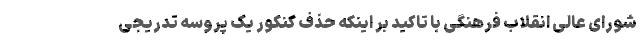
شورای عالی انقلاب فرهنگی با تاکید بر اینکه حذف کنکور یک پروسه تدریجی